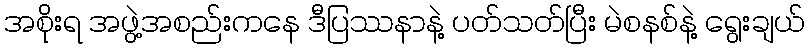
အစိုးရ အဖွဲ့အစည်းကနေ ဒီပြဿနာနဲ့ ပတ်သတ်ပြီး မဲစနစ်နဲ့ ရွေးချယ်